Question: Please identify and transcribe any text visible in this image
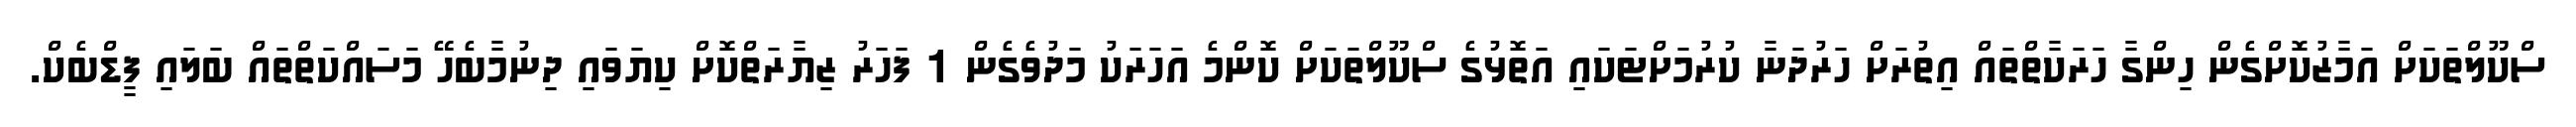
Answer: ސްކޫލްތަކަށް އަމާޒުކޮށްގެން ހިންގާ ހަރަކާތްތައް އިތުރަށް ހަރުދަނާ ކުރުމަށްޓަކައި އަތޮޅުގެ ސްކޫލްތަކަށް ކޮންމެ އަހަރަކު މަދުވެގެން 1 ފަހަރު ޒިޔާރަތްކޮށް ކިޔަވައި ދިނުމާބެހޭ މަސައްކަތްތައް ބަލައި ފީޑްބެކް.